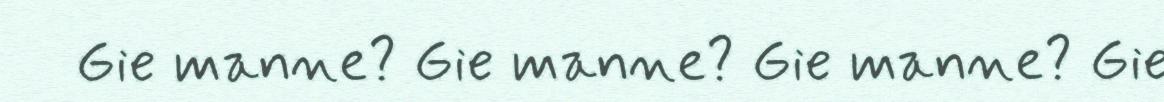
Gie manne? Gie manne? Gie manne? Gie